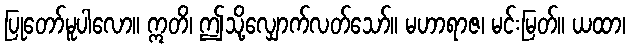
ပြုတော်မူပါလော။ ဣတိ၊ ဤသို့လျှောက်လတ်သော်။ မဟာရာဇ၊ မင်းမြတ်။ ယထာ၊